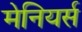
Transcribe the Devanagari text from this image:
मेनियर्स